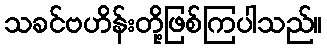
သခင်ဗဟိန်းတို့ဖြစ်ကြပါသည်။